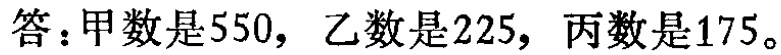
答：甲数是$550$，乙数是$225$，丙数是$175$。